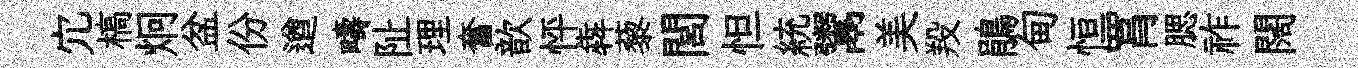
宂槁炯盆份遒疇阯理奮歆怦犇藜閭怛統鬻美羖鵑甸恒罥腮祚闊